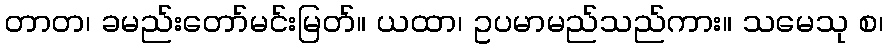
တာတ၊ ခမည်းတော်မင်းမြတ်။ ယထာ၊ ဥပမာမည်သည်ကား။ သမေသု စ၊